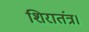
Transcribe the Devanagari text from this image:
शिरातंत्र।